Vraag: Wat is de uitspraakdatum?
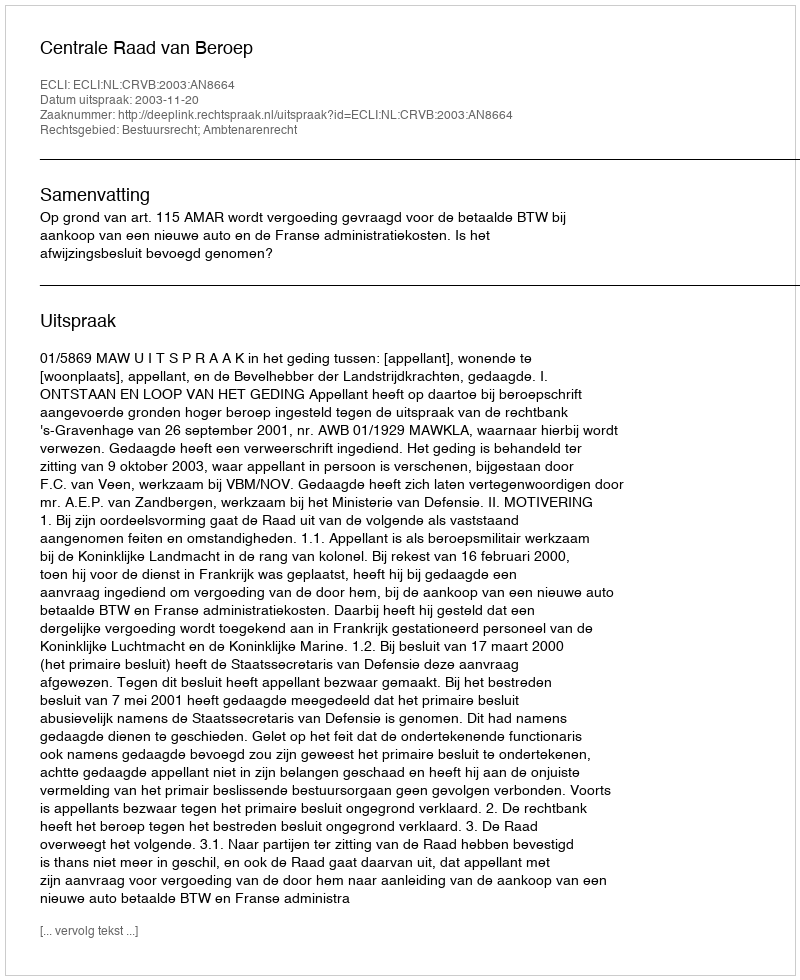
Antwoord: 2003-11-20